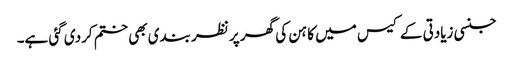
جنسی زیادتی کے کیس میں کاہن کی گھر پر نظر بندی بھی ختم کردی گئی ہے۔